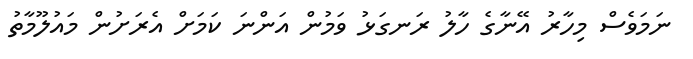
ނަމަވެސް މިހާރު އޭނާގެ ހާލު ރަނގަޅު ވަމުން އަންނަ ކަމަށް އެރަށުން މައުލޫމާތު